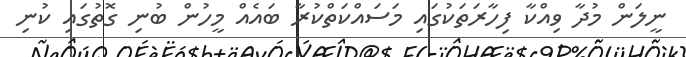
ނީލަން މުދާ ވިއްކާ ފިހާރަތަކުގައި މަސައްކަތްކުރާ ބައެއް މީހުން ބުނި ގޮތުގައި ކުނި